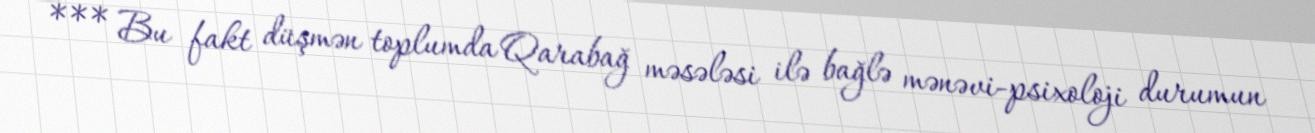
*** Bu fakt düşmən toplumda Qarabağ məsələsi ilə bağlə mənəvi-psixoloji durumun